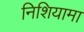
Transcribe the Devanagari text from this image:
निशियामा